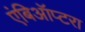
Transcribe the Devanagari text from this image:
एंबिऑप्टरा